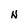
Character: N